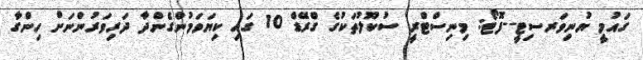
ގައުމީ ޔުނިވަރސިޓީ--ފޮޓޯ: މިނިސްޓްރީ ސުކޫލުތަކުގެ ގްރޭޑް 10 ގައި ކިޔަވަމުންގެންދާ ދަރިވަރުންނަށް ހިންގާ